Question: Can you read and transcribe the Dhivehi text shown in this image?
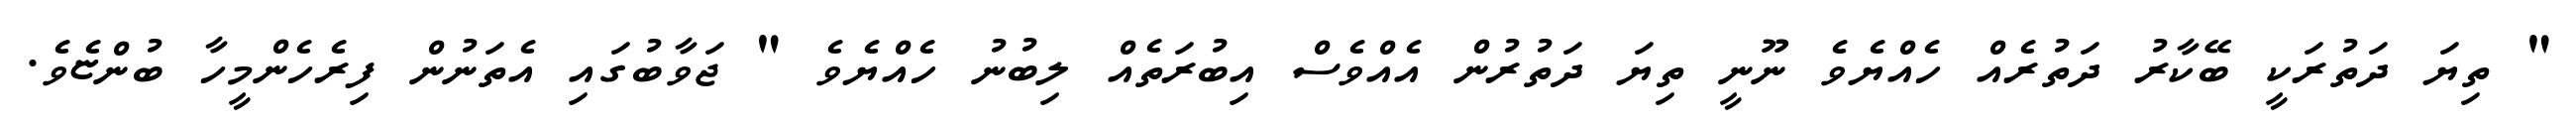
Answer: " ތިޔަ ދަތުރަކީ ބޭކާރު ދަތުރެއް ހެއްޔެވެ ނޫނީ ތިޔަ ދަތުރުން އެއްވެސް އިބުރަތެއް ލިބުނު ހެއްޔެވެ " ޖަވާބުގައި އެތަނުން ފިރެހެންމީހާ ބުންޏެވެ.